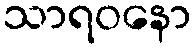
သာရဝနော